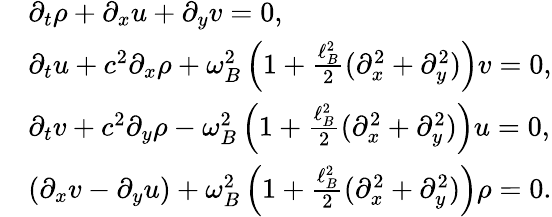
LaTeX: \begin{array}{rl}&{\partial_{t}\rho+\partial_{x}u+\partial_{y}v=0,}\\ &{\partial_{t}u+c^{2}\partial_{x}\rho+\omega_{B}^{2}\left(1+\frac{\ell_{B}^{2}}{2}(\partial_{x}^{2}+\partial_{y}^{2})\right)v=0,}\\ &{\partial_{t}v+c^{2}\partial_{y}\rho-\omega_{B}^{2}\left(1+\frac{\ell_{B}^{2}}{2}(\partial_{x}^{2}+\partial_{y}^{2})\right)u=0,}\\ &{(\partial_{x}v-\partial_{y}u)+\omega_{B}^{2}\left(1+\frac{\ell_{B}^{2}}{2}(\partial_{x}^{2}+\partial_{y}^{2})\right)\rho=0.}\end{array}